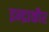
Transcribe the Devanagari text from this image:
इन्द्राकौर